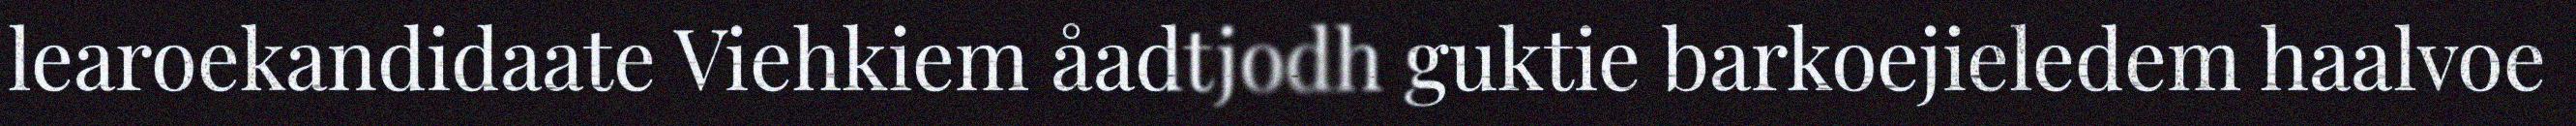
learoekandidaate Viehkiem åadtjodh guktie barkoejieledem haalvoe